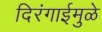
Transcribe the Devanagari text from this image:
दिरंगाईमुळे